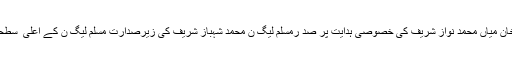
وزیر اعظم راجہ محمد فاروق حیدر خان میاں محمد نواز شریف کی خصوصی ہدایت پر صد رمسلم لیگ ن محمد شہباز شریف کی زیرصدارت مسلم لیگ ن کے اعلی ٰ سطحی اجلاس سے خطاب کر رہے تھے۔